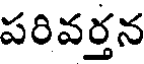
పరివర్తన